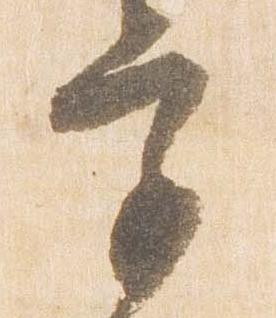
宮